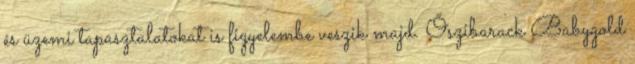
és üzemi tapasztalatokat is figyelembe veszik majd. Őszibarack Babygold